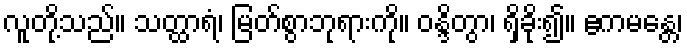
လူတို့သည်။ သတ္ထာရံ၊ မြတ်စွာဘုရားကို။ ဝန္ဒိတွာ၊ ရှိခိုး၍။ ဧကမန္တေ၊